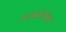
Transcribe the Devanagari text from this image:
प्रजातीयोंका